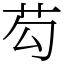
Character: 芶